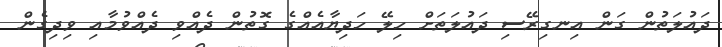
ދައުލަތުން ގަން އިނގިރޭސި ދައުލަތަށް ހިލޭ ހަދިޔާއެއްގެ ގޮތުން ދެއްވި ދެއްވުމާއި ވިދިގެން